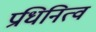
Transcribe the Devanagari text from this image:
प्रधिनित्व